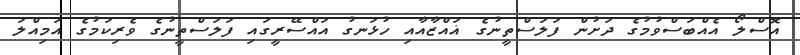
އޮސްލޯ އެއްބަސްވުމުގެ ދަށުން ފަލަސްތީނުގެ ޣައްޒާއާއި ހުޅަނގު އައްސޭރީގައި ފަލަސްތީނުގެ ވެރިކަމުގެ އަމިއްލަ